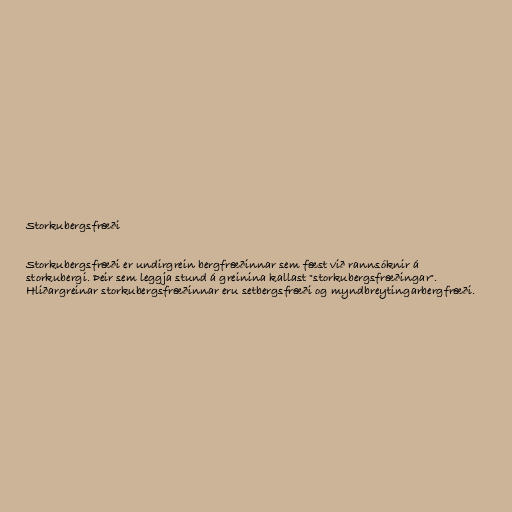
Storkubergsfræði

Storkubergsfræði er undirgrein bergfræðinnar sem fæst við rannsóknir á
storkubergi. Þeir sem leggja stund á greinina kallast "storkubergsfræðingar".
Hliðargreinar storkubergsfræðinnar eru setbergsfræði og myndbreytingarbergfræði.